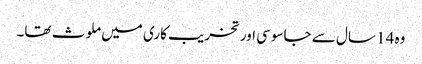
وہ 14 سال سے جاسوسی اور تخریب کاری میں ملوث تھا۔